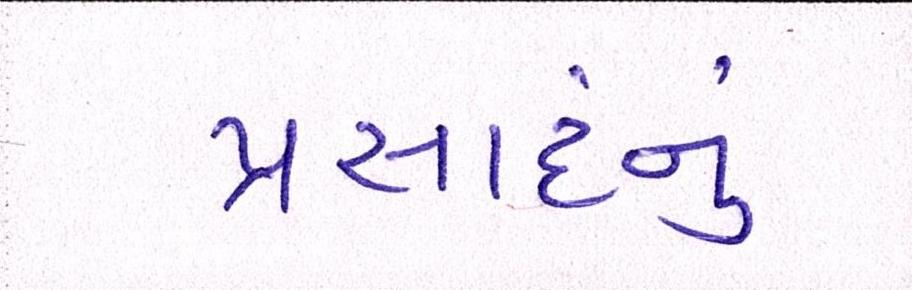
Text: પ્રસાદનું